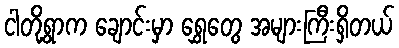
ငါတို့ရွာက ချောင်းမှာ ရွှေတွေ အများကြီးရှိတယ်